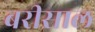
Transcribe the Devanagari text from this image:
बरीसाल